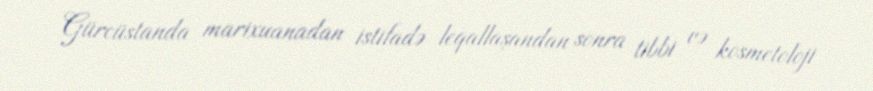
Gürcüstanda marixuanadan istifadə leqallaşandan sonra tibbi və kosmetoloji